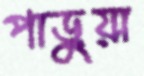
পাড়ুয়া